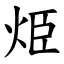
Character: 烥